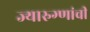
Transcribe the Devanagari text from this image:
ज्यारुग्णांची